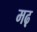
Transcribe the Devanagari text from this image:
मढ़़